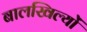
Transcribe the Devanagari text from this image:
बालखिल्यों